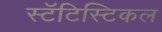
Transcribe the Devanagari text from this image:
स्टॅटिस्टिकल